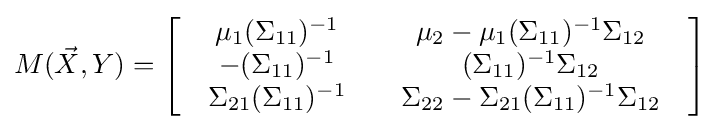
M({\vec {X}},Y)=\left[{\begin{array}{*{20}c}{\begin{array}{*{20}c}\mu _{1}(\Sigma _{11})^{-1}\\-(\Sigma _{11})^{-1}\\\Sigma _{21}(\Sigma _{11})^{-1}\end{array}}&{\begin{array}{*{20}c}\mu _{2}-\mu _{1}(\Sigma _{11})^{-1}\Sigma _{12}\\(\Sigma _{11})^{-1}\Sigma _{12}\\\Sigma _{22}-\Sigma _{21}(\Sigma _{11})^{-1}\Sigma _{12}\end{array}}\end{array}}\right]